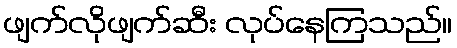
ဖျက်လိုဖျက်ဆီး လုပ်နေကြသည်။